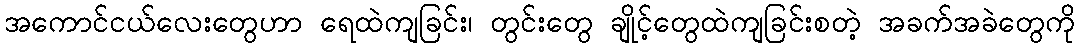
အကောင်ငယ်လေးတွေဟာ ရေထဲကျခြင်း၊ တွင်းတွေ ချိုင့်တွေထဲကျခြင်းစတဲ့ အခက်အခဲတွေကို